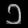
Digit: ၁